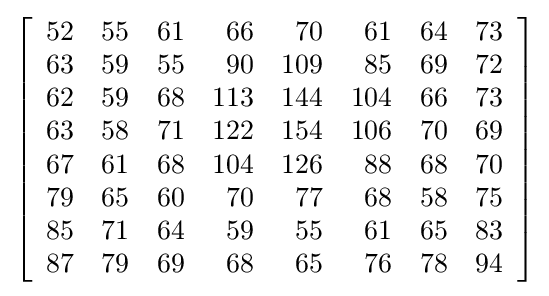
\left[{\begin{array}{rrrrrrrr}52&55&61&66&70&61&64&73\\63&59&55&90&109&85&69&72\\62&59&68&113&144&104&66&73\\63&58&71&122&154&106&70&69\\67&61&68&104&126&88&68&70\\79&65&60&70&77&68&58&75\\85&71&64&59&55&61&65&83\\87&79&69&68&65&76&78&94\end{array}}\right]